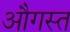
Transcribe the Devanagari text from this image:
औगस्त